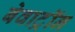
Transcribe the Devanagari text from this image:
बेवाट्रॉन